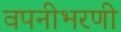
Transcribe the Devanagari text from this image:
वपनीभरणी